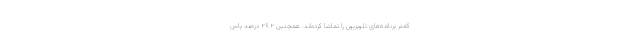
کمتر برنامه‌های تلویزیون را تماشا کرده­‌اند. همچنین ۲۶.۲ درصد پاس